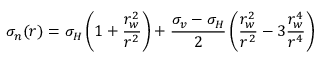
\sigma _ { n } ( r ) = \sigma _ { H } \left( 1 + \frac { r _ { w } ^ { 2 } } { r ^ { 2 } } \right) + \frac { \sigma _ { v } - \sigma _ { H } } { 2 } \left( \frac { r _ { w } ^ { 2 } } { r ^ { 2 } } - 3 \frac { r _ { w } ^ { 4 } } { r ^ { 4 } } \right)